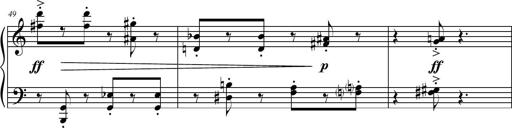
Title: Petite Sonatine
Composer: Richard St. Clair